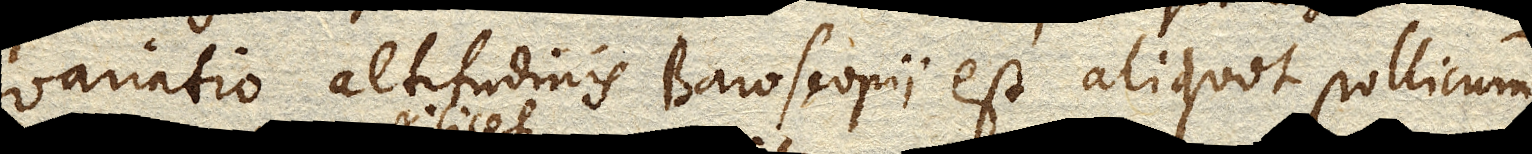
variatio altitudinis Baroscopii est aliquot pollicum